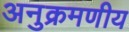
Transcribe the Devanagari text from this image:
अनुक्रमणीय